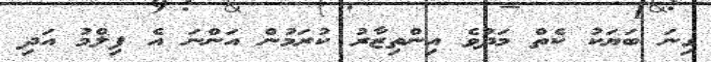
ގިނަ ބަޔަކު ކެތް މަދުވެ އިންތިޒާރު ކުރަމުން އަންނަ އެ ފިލްމު އަދި